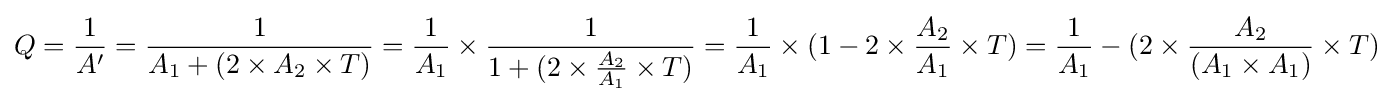
Q={1 \over A'}={1 \over A_{1}+(2\times A_{2}\times T)}={1 \over A_{1}}\times {1 \over 1+(2\times {A_{2} \over A_{1}}\times T)}={1 \over A_{1}}\times (1-2\times {A_{2} \over A_{1}}\times T)={1 \over A_{1}}-(2\times {A_{2} \over (A_{1}\times A_{1})}\times T)